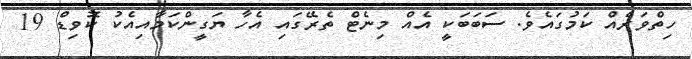
ހިތްވަރެއް ކަމުގައެވެ. ސަބަބަކީ އެއް މިނެޓް ތެރޭގައި އެހާ ޔަގީންކަމާއިއެކު ކޮވިޑް 19